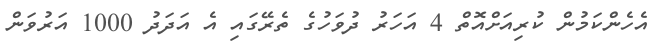
އެހެންކަމުން ކުރިއަށްއޮތް 4 އަހަރު ދުވަހުގެ ތެރޭގައި އެ އަދަދު 1000 އަރުވަން